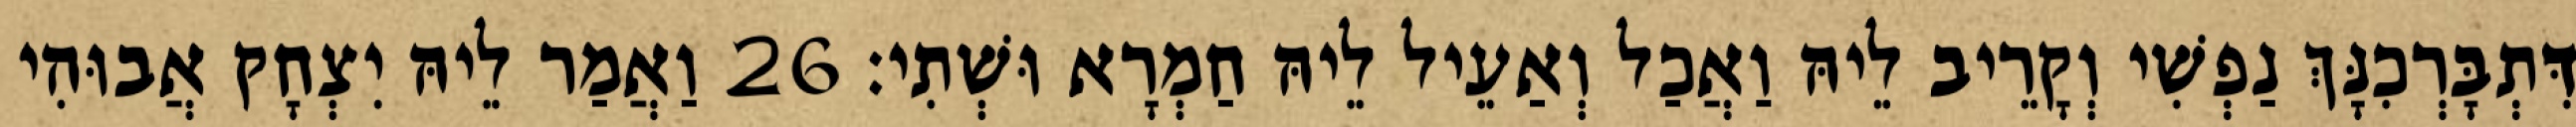
דִּתְבָּרְכִנָּךְ נַפְשִׁי וְקָרֵיב לֵיהּ וַאֲכַל וְאַעֵיל לֵיהּ חַמְרָא וּשְׁתִי׃ 26 וַאֲמַר לֵיהּ יִצְחָק אֲבוּהִי